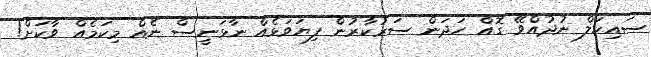
ސައިކަލް ނުދުއްވޭ ގޮއް ހަދަން ސަރުކާރުން ފިޔަވަޅެއް ނާޅަނީސް ނެއް މިކަމެއް ވާކަށް!